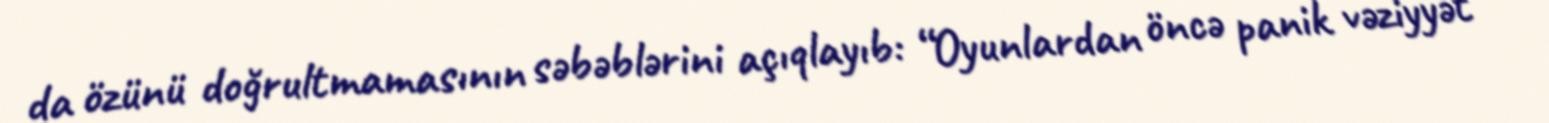
da özünü doğrultmamasının səbəblərini açıqlayıb: “Oyunlardan öncə panik vəziyyət